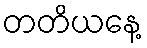
တတိယနေ့